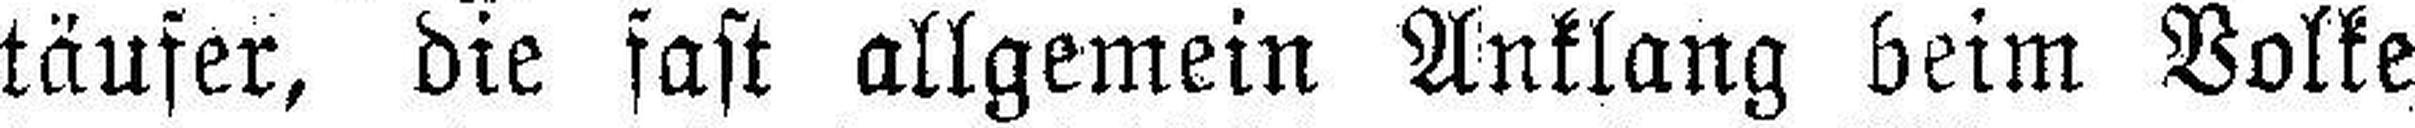
täufer, die fast allgemein Anklang beim Volke